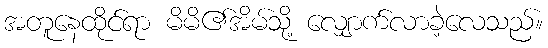
အတူနေထိုင်ရာ မိမိ၏အိမ်သို့ လျှောက်လာခဲ့လေသည်။